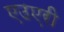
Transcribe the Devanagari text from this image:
एउएरी